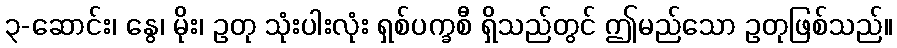
၃-ဆောင်း၊ နွေ၊ မိုး၊ ဥတု သုံးပါးလုံး ရှစ်ပက္ခစီ ရှိသည်တွင် ဤမည်သော ဥတုဖြစ်သည်။